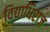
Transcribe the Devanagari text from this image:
विद्याधिराज